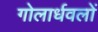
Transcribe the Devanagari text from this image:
गोलार्धवलों